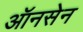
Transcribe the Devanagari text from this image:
ऑनसेन